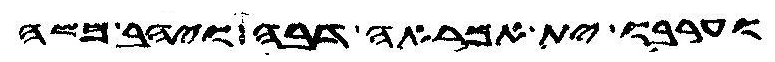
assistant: וערבו ית אמראה דבה ויהב משה